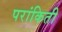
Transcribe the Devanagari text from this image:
परांकिती